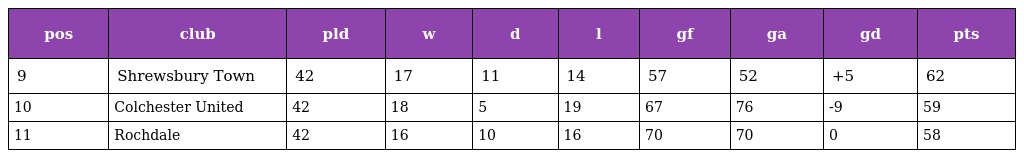
| pos | club | pld | w | d | l | gf | ga | gd | pts |
 | --- | --- | --- | --- | --- | --- | --- | --- | --- | --- |
 | 9 | Shrewsbury Town | 42 | 17 | 11 | 14 | 57 | 52 | +5 | 62 |
 | 10 | Colchester United | 42 | 18 | 5 | 19 | 67 | 76 | -9 | 59 |
 | 11 | Rochdale | 42 | 16 | 10 | 16 | 70 | 70 | 0 | 58 |